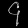
Digit: ၄